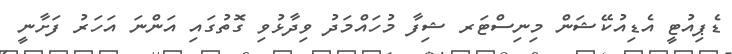
ޑެޕިއުޓީ އެޑިއުކޭޝަން މިނިސްޓަރ ޝިފާ މުހައްމަދު ވިދާޅުވި ގޮތުގައި އަންނަ އަހަރު ފަށާނީ